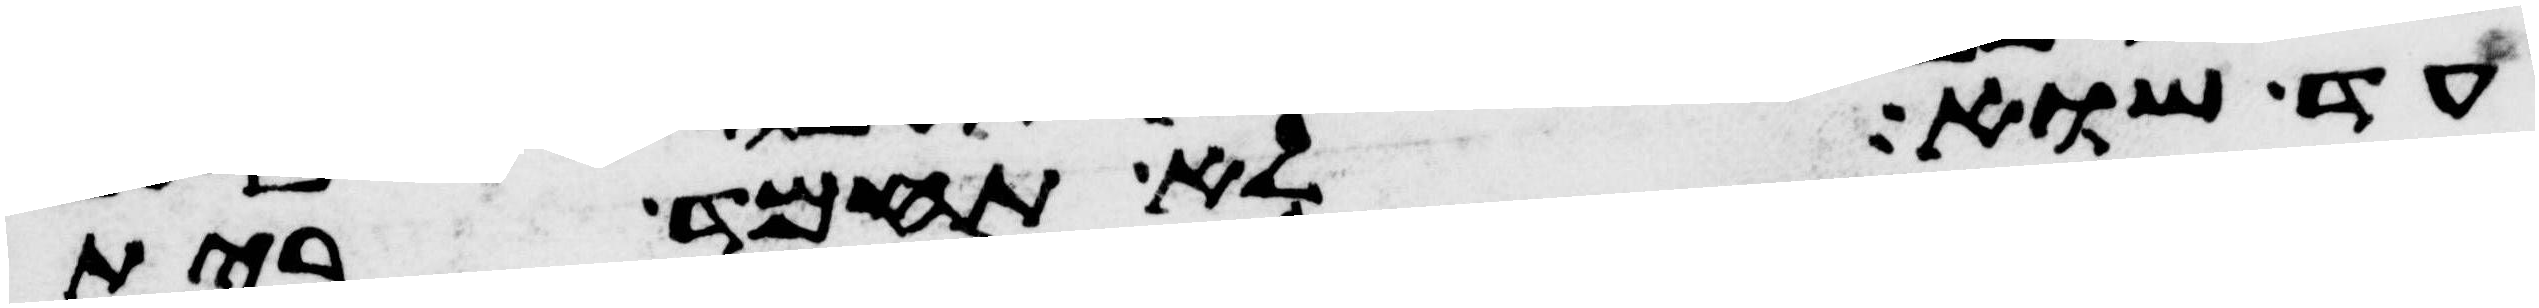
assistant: עד שוא לא תחמד בית